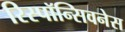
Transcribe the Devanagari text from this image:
रिस्पॉन्सिवनेस